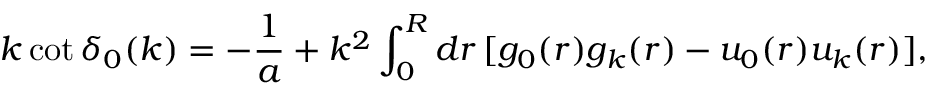
k \cot \delta _ { 0 } ( k ) = - \frac { 1 } { a } + k ^ { 2 } \int _ { 0 } ^ { R } d r \, [ g _ { 0 } ( r ) g _ { k } ( r ) - u _ { 0 } ( r ) u _ { k } ( r ) ] ,